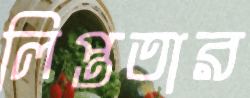
লিপ্ততার